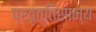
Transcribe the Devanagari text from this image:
प्रवृत्तिसाम्य